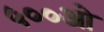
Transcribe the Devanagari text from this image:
५००ओ